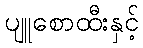
ပျူစောထီးနှင့်